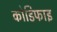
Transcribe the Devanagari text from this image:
कोडिफाइ